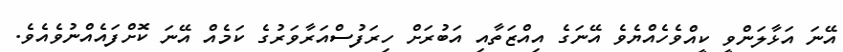
އޭނަ އަޅާލަންވީ ކީއްވެހެއްޔެވެ އޭނަގެ އިއްޒަތާއި އަބުރަށް ހިރަފުސްއަރާވަރުގެ ކަމެއް އޭނަ ކޮށްފައެއްނުވެއެވެ.